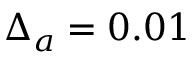
\Delta _ { a } = 0 . 0 1